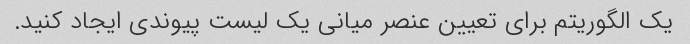
یک الگوریتم برای تعیین عنصر میانی یک لیست پیوندی ایجاد کنید.